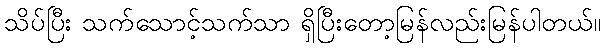
သိပ်ပြီး သက်သောင့်သက်သာ ရှိပြီးတော့မြန်လည်းမြန်ပါတယ်။